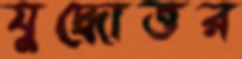
যুদ্ধোত্তর